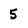
Character: 5